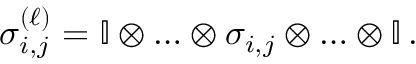
\sigma _ { i , j } ^ { \left( \ell \right) } = \mathbb { I } \otimes \ldots \otimes \sigma _ { i , j } \otimes \ldots \otimes \mathbb { I } \, .